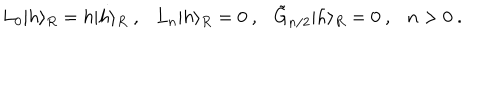
LaTeX: L _ { 0 } \vert h \rangle _ { R } = h \vert h \rangle _ { R } { } ~ , { } ~ { } ~ { } ~ L _ { n } \vert h \rangle _ { R } = 0 { } ~ , { } ~ { } ~ { } ~ \tilde { G } _ { n / 2 } \vert h \rangle _ { R } = 0 { } ~ , { } ~ { } ~ { } ~ n > 0 { } ~ .